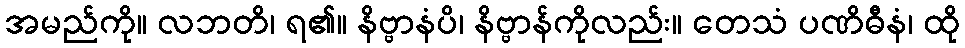
အမည်ကို။ လဘတိ၊ ရ၏။ နိဗ္ဗာနံပိ၊ နိဗ္ဗာန်ကိုလည်း။ တေသံ ပဏိဓီနံ၊ ထို